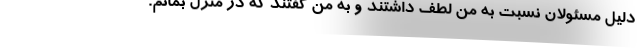
دلیل مسئولان نسبت به من لطف داشتند و به من گفتند که در منزل بمانم.